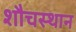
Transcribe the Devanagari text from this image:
शौचस्थान